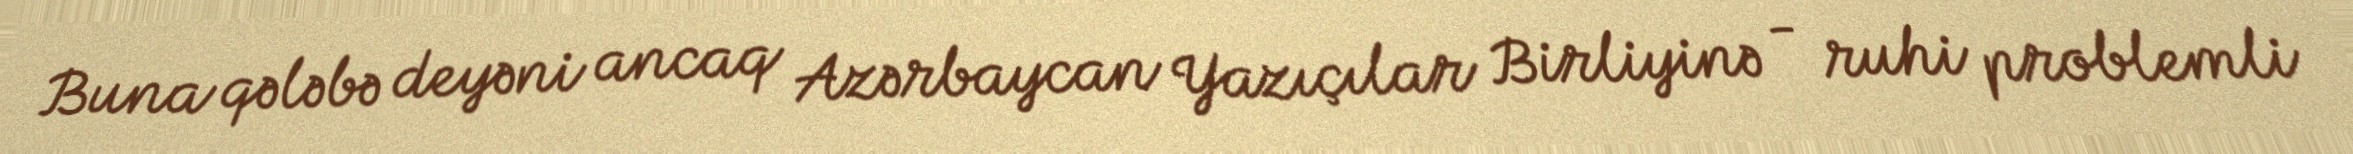
Buna qələbə deyəni ancaq Azərbaycan Yazıçılar Birliyinə - ruhi problemli